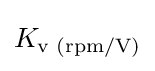
K_{\text{v (rpm/V)}}